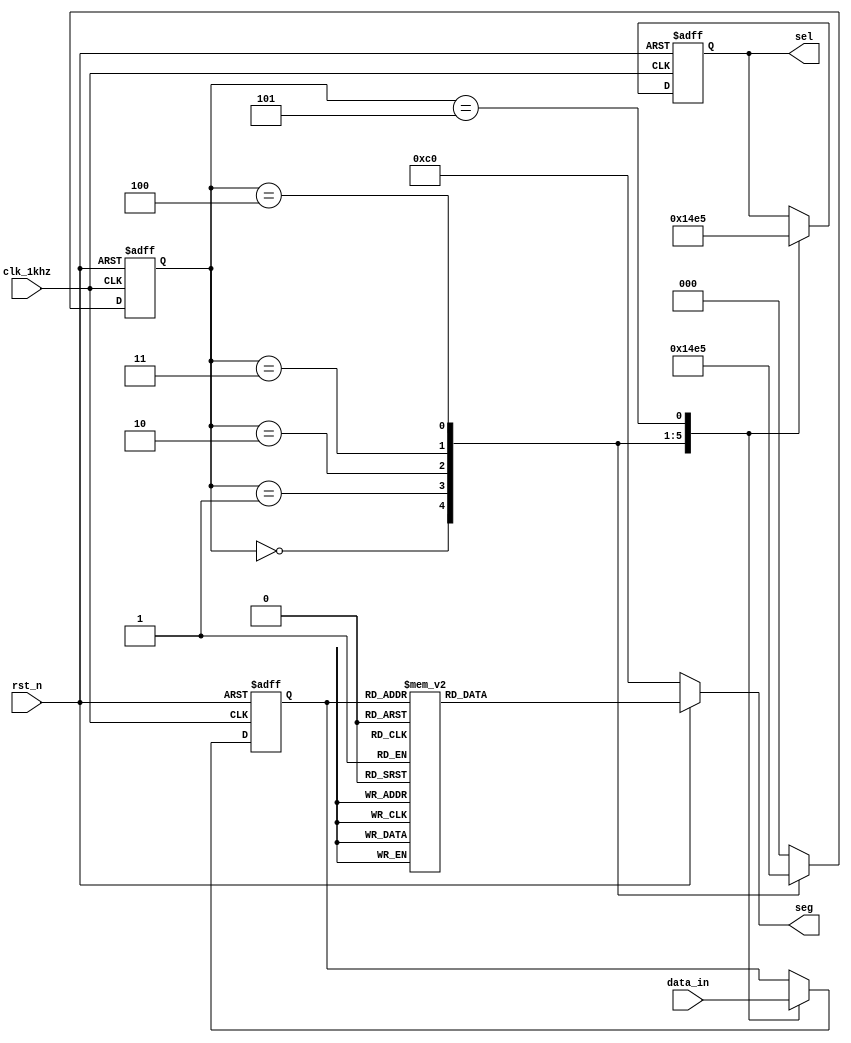
//
module seg7(clk_1khz, rst_n, data_in, sel, seg);

	input clk_1khz;									//1KHZ
	input rst_n;										//
	input [23:0] data_in;							//24(4)
	
	output reg [2:0] sel;							//
	output reg [7:0] seg;							//
	
	reg [2:0] state;									//
	reg [3:0] temp;									//4
	
	`define s0 3'b000									//
	`define s1 3'b001
	`define s2 3'b010
	`define s3 3'b011
	`define s4 3'b100
	`define s5 3'b101
	
	/************()***************/
	always @ (posedge clk_1khz or negedge rst_n)
	begin
		if(!rst_n)
			begin
				state <= `s0;										//s0
				sel <= 3'd0;										//
				temp <= 4'd0;										//
			end
		else
			begin
				case(state)											//
					`s0	:	begin
									sel <= 3'd0;					//
									temp <= data_in[23:20];		//
									state <= `s1;					//s1
								end
								
					`s1	:	begin
									sel <= 3'd1;					//
									temp <= data_in[19:16];		//
									state <= `s2;					//s2
								end
								
					`s2	:	begin
									sel <= 3'd2;					//
									temp <= data_in[15:12];		//
									state <= `s3;					//s3
								end
								
					`s3	:	begin
									sel <= 3'd3;					//
									temp <= data_in[11:8];		//
									state <= `s4;					//s4
								end
								
					`s4	:	begin
									sel <= 3'd4;					//
									temp <= data_in[7:4];		//
									state <= `s5;					//s5
								end
								
					`s5	:	begin
									sel <= 3'd5;					//
									temp <= data_in[3:0];		//
									state <= `s0;					//s0
								end
								
					default	:	state <= `s0;					//
				endcase
			end
	end
	
	//():
	always @ (*)
	begin
		if(!rst_n)
			begin
				seg = 8'b1100_0000;								//"0"
			end
		else
			begin
				case(temp)
					4'd0		:		seg = 8'b1100_0000;		//"0"
					4'd1		:		seg = 8'b1111_1001;		//"1"
					4'd2		:		seg = 8'b1010_0100;		//"2"
					4'd3		:		seg = 8'b1011_0000;		//"3"
					
					4'd4		:		seg = 8'b1001_1001;		//"4"
					4'd5		:		seg = 8'b1001_0010;		//"5"
					4'd6		:		seg = 8'b1000_0010;		//"6"
					4'd7		:		seg = 8'b1111_1000;		//"7"
					
					4'd8		:		seg = 8'b1000_0000;		//"8"
					4'd9		:		seg = 8'b1001_0000;		//"9"
					4'd10		:		seg = 8'b1000_1000;		//"A"
					4'd11		:		seg = 8'b1000_0011;		//"b"
					
					4'd12		:		seg = 8'b1100_0110;		//"C"
					4'd13		:		seg = 8'b1010_0001;		//"d"
					4'd14		:		seg = 8'b1000_0110;		//"E"
					4'd15		:		seg = 8'b1000_1110;		//"F"
					
					default	:	seg = 8'b1100_0000;
				endcase
			end
	end
	
endmodule